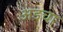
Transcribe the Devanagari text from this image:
अडचा